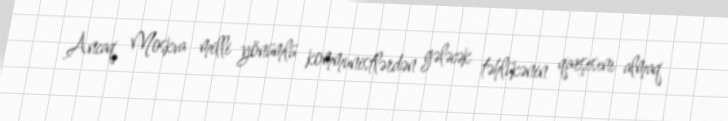
Ancaq Moskva milli yönümlü kommunistlərdən gələcək təhlükənin qarşısını almaq